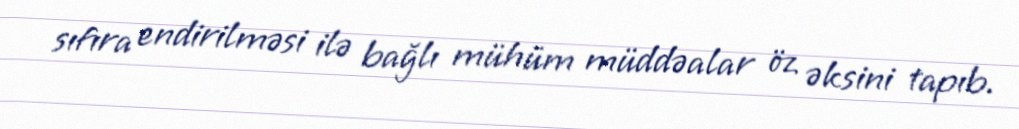
sıfıra endirilməsi ilə bağlı mühüm müddəalar öz əksini tapıb.